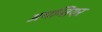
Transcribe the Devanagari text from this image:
अगन्तियर